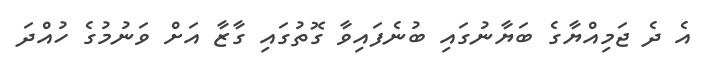
އެ ދެ ޖަމިއްޔާގެ ބަޔާނުގައި ބުނެފައިވާ ގޮތުގައި ގާޒާ އަށް ވަނުމުގެ ހުއްދަ